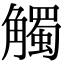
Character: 觸